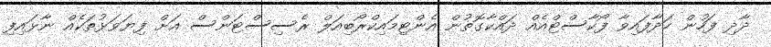
ދާދި ފަހުން ހަދާފައިވާ ފޯކާސްޓްއެއް ދައްކާގޮތުން އެންޓިމައިކްރޯބިއަލް ރެސިސްޓަންސް އަށް ފިޔަވަޅުތަކެއް ނާޅައިފި